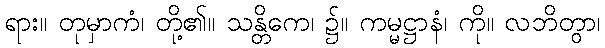
ရား။ တုမှာကံ၊ တို့၏။ သန္တိကေ၊ ၌။ ကမ္မဋ္ဌာနံ၊ ကို။ လဘိတွာ၊